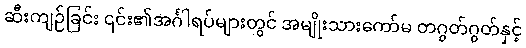
ဆီးကျဉ်ခြင်း ၎င်း၏အင်္ဂါရပ်များတွင် အမျိုးသားကော်မ တဂွတ်ဂွတ်နှင့်